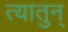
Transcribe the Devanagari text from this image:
त्यातुन्